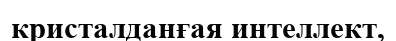
кристалданғая интеллект,